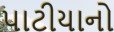
પાટીયાનો